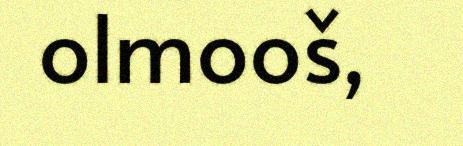
olmooš,